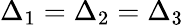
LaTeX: \Delta_{1}=\Delta_{2}=\Delta_{3}